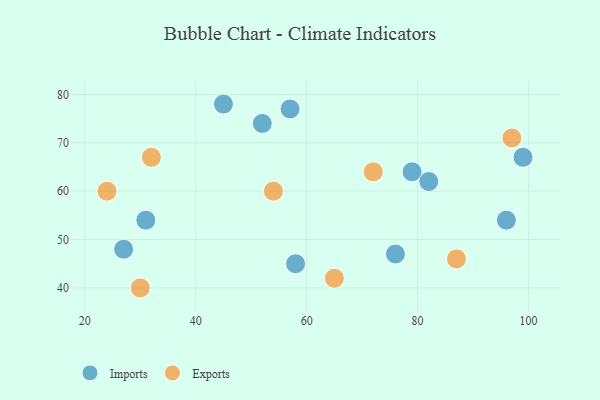
{"axis": {"x": "GDP", "y": "Life Expectancy"}, "legend": ["Exports", "Imports"], "data": [{"x": "31", "y": 54, "type": "Imports"}, {"x": "79", "y": 64, "type": "Imports"}, {"x": "45", "y": 78, "type": "Imports"}, {"x": "76", "y": 47, "type": "Imports"}, {"x": "57", "y": 77, "type": "Imports"}, {"x": "96", "y": 54, "type": "Imports"}, {"x": "58", "y": 45, "type": "Imports"}, {"x": "82", "y": 62, "type": "Imports"}, {"x": "99", "y": 67, "type": "Imports"}, {"x": "27", "y": 48, "type": "Imports"}, {"x": "52", "y": 74, "type": "Imports"}, {"x": "97", "y": 71, "type": "Exports"}, {"x": "32", "y": 67, "type": "Exports"}, {"x": "54", "y": 60, "type": "Exports"}, {"x": "87", "y": 46, "type": "Exports"}, {"x": "72", "y": 64, "type": "Exports"}, {"x": "24", "y": 60, "type": "Exports"}, {"x": "65", "y": 42, "type": "Exports"}, {"x": "30", "y": 40, "type": "Exports"}]}